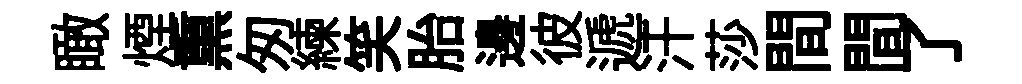
瞰煙𤋱匆練笑胎邊彼遞汗莎間間了